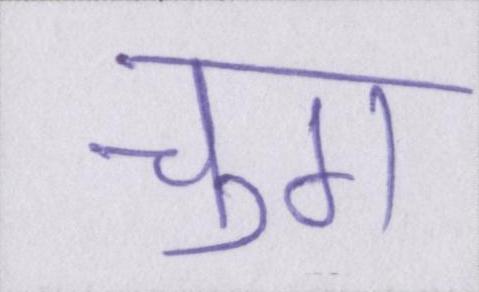
चुग